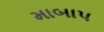
માબાપ